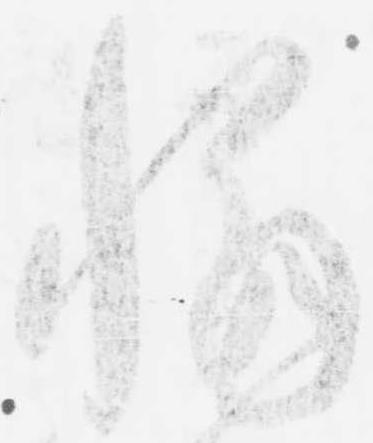
懈